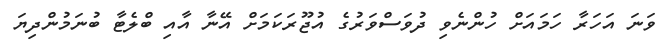
ވަނަ އަހަރާ ހަމައަށް ހުންނެވި ދުވަސްވަރުގެ އުޖޫރަކަމަށް އޭނާ އާއި ބްލެޓާ ބުނަމުންދިޔަ